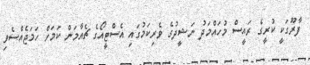
ފާރޫގަކީ ކުރީގެ ރައީސް މުހައްމަދު ނަޝީދުގެ ވެރިކަމުގައި އެސްޓީއޯގެ ޗެއާމަން ކަމަށް ހަމަޖެއްސެވި